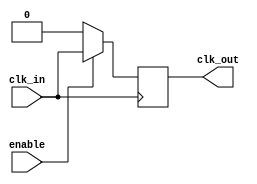
module clock_gating_buffer(
    input wire clk_in,    // Primary clock input
    input wire enable,    // Control signal to enable or disable clock
    output reg clk_out    // Gated clock output
);

    // Internal signal to hold the gated clock status
    reg gated_clk;
    
    // Gating logic using a flip-flop to synchronize the output
    always @(posedge clk_in) begin
        if (enable) begin
            // Enable: pass through clock
            gated_clk <= 1'b1;
            clk_out <= clk_in; // Pass the clock signal
        end else begin
            // Disable: hold the output clock low
            gated_clk <= 1'b0;
            clk_out <= 1'b0;   // Suppress output clock
        end
    end
    
endmodule